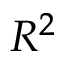
R ^ { 2 }